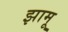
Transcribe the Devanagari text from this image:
झामू